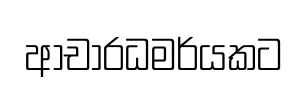
ආචාරධමර්යකට